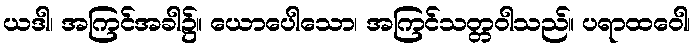
ယဒါ၊ အကြင်အခါ၌။ ယောပေါသော၊ အကြင်သတ္တဝါသည်။ ပရာထဝေါ၊